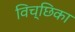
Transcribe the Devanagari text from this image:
विच्छिका